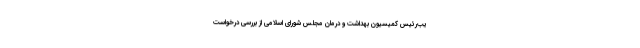
یب‌رئیس کمیسیون بهداشت و درمان مجلس شورای اسلامی از بررسی درخواست